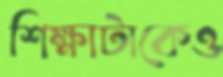
শিক্ষাটাকেও